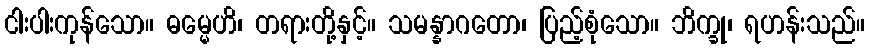
ငါးပါးကုန်သော။ ဓမ္မေဟိ၊ တရားတို့နှင့်။ သမန္နာဂတော၊ ပြည့်စုံသော။ ဘိက္ခု၊ ရဟန်းသည်။